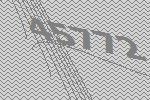
45772